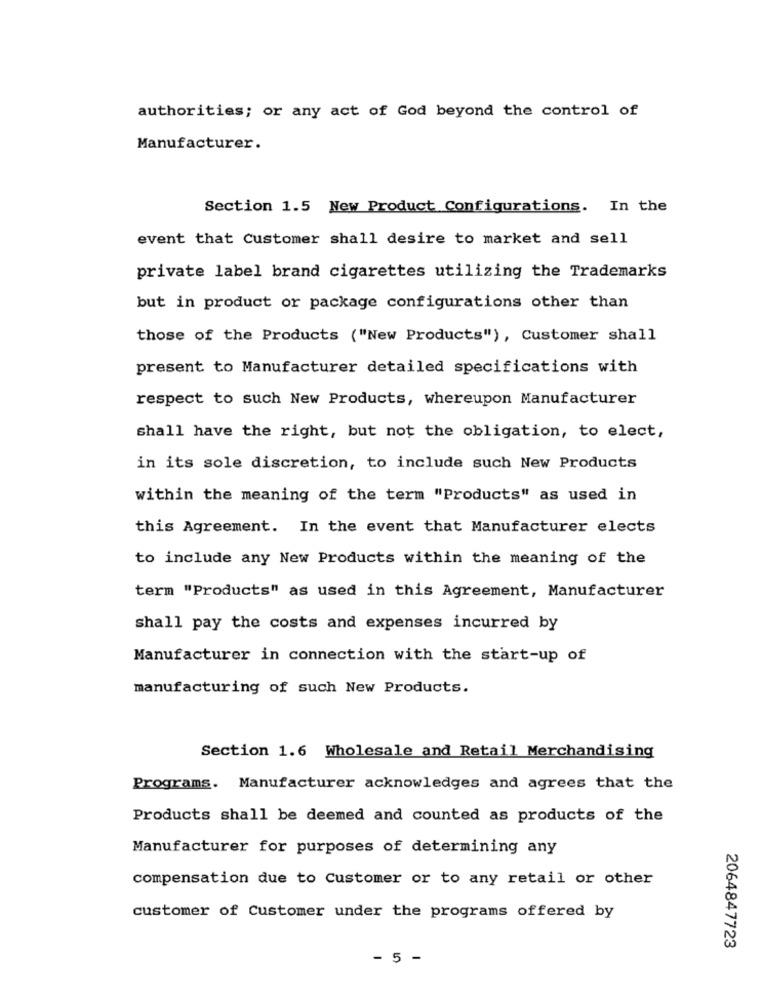
authorities; or any act of God beyond the control of
Manufacturer.
Section 1.5 New Product Configurations. In the
event that Customer shall desire to market and sell
private label brand cigarettes utilizing the Trademarks
but in product or package configurations other than
those of the Products ("New Products"), Customer shall
present to Manufacturer detailed specifications with
respect to such New Products, whereupon Manufacturer
shall have the right, but not the obligation, to elect,
in its sole discretion, to include such New Products
within the meaning of the term "Products" as used in
this Agreement. In the event that Manufacturer elects
to include any New Products within the meaning of the
term "Products" as used in this Agreement, Manufacturer
shall pay the costs and expenses incurred by
Manufacturer in connection with the start-up of
manufacturing of such New Products.
Section 1.6 Wholesale and Retail Merchandising
Programs. Manufacturer acknowledges and agrees that the
Products shall be deemed and counted as products of the
Manufacturer for purposes of determining any
compensation due to Customer or to any retail or other
customer of Customer under the programs offered by
2064847723
- 5 -